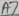
Text: A7